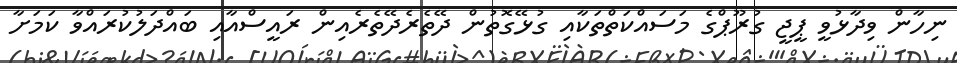
ނިހާން ވިދާޅުވީ ޕީޖީ ގުރޫޕްގެ މަސައްކަތްތަކާއި ގުޅޭގޮތުން ދޭތެރެދޭތެރެއިން ރައީސްއާއި ބައްދަލުކުރައްވާ ކަމަށާ